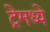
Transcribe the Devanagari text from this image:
ट्रेमध्ये